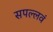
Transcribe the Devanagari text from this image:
सपल्लवं